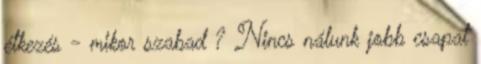
étkezés - mikor szabad ? Nincs nálunk jobb csapat